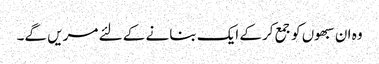
وہ ان سبھوں کو جمع کرکے ایک بنانے کے لئے مریں گے۔